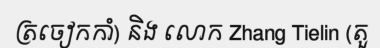
ត្រចៀកកាំ) និង លោក Zhang Tielin (តួ